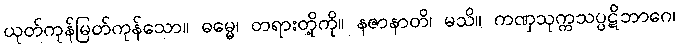
ယုတ်ကုန်မြတ်ကုန်သော။ ဓမ္မေ၊ တရားတို့ကို။ နဇာနာတိ၊ မသိ။ ကဏှသုက္ကသပ္ပဋိဘာဂေ၊